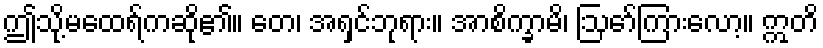
ဤသို့မထေရ်ကဆို၏။ တေ၊ အရှင်ဘုရား။ အာစိက္ခာမိ၊ ဩော်ကြားလော့။ ဣတိ